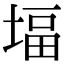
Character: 堛